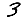
Digit: 3